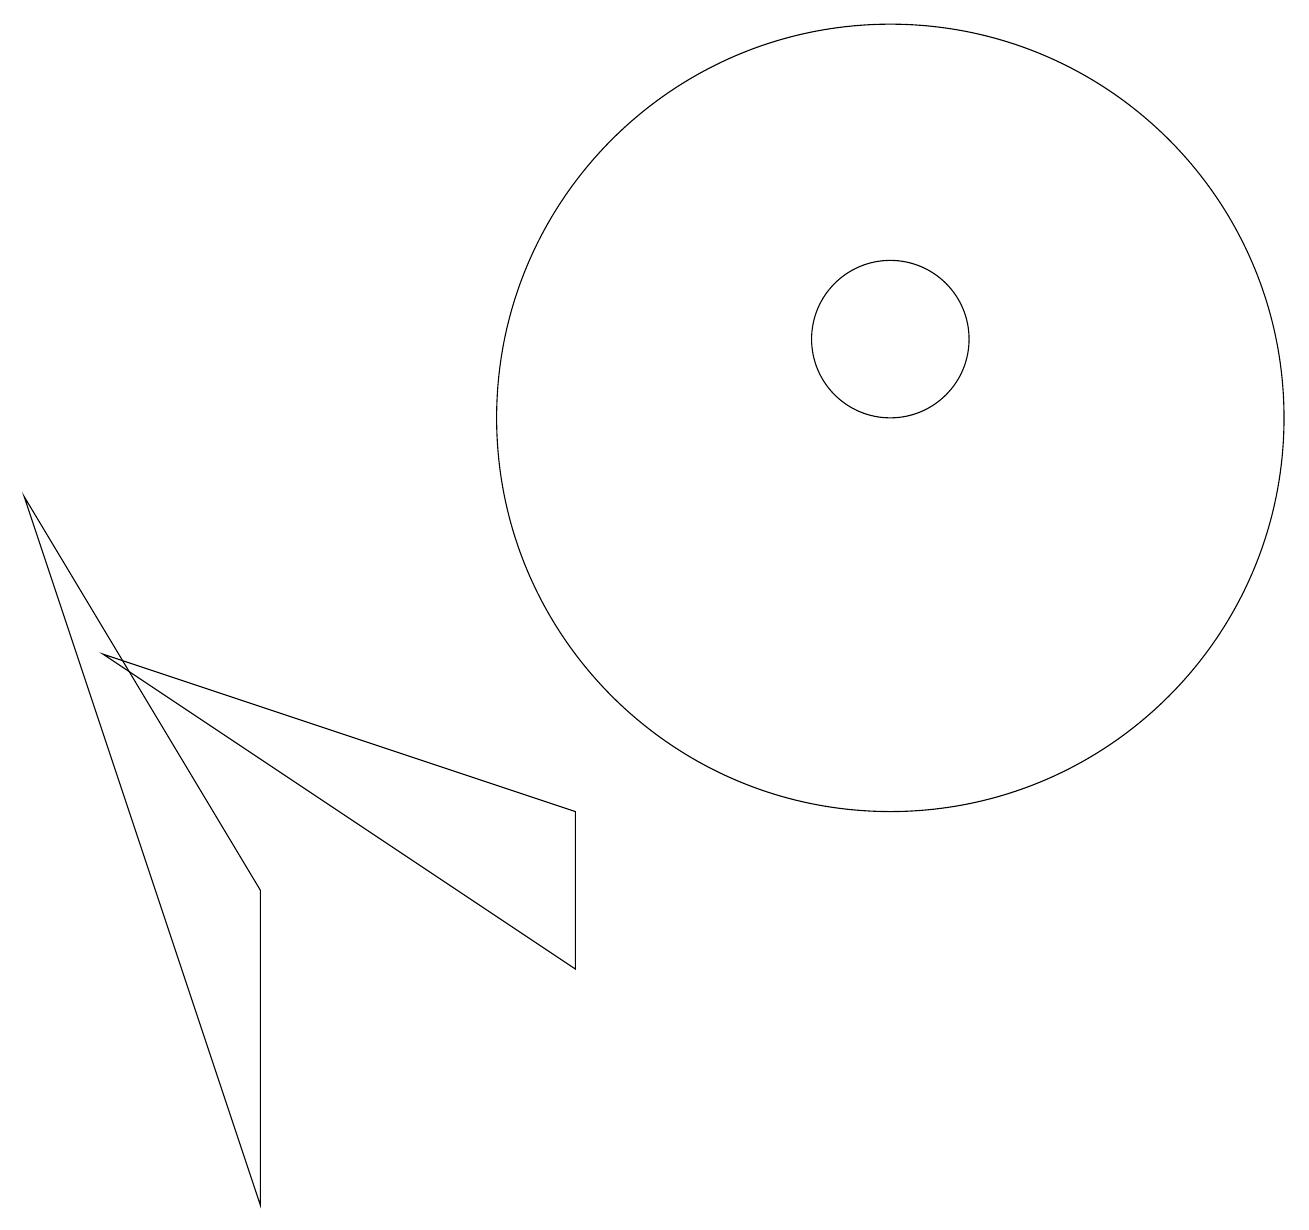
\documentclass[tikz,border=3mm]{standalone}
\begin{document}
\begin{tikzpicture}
\draw (11,11) circle (1);
\draw (3,0) -- (0,9) -- (3,4) -- cycle;
\draw (11,10) circle (5);
\draw (7,3) -- (1,7) -- (7,5) -- cycle;
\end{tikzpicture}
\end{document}